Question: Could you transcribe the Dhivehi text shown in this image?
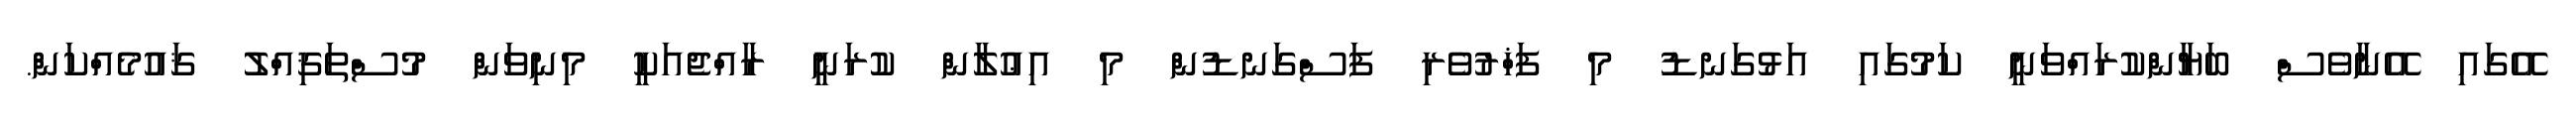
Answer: އޭގައި އޭނާވެސް ބަޔާންކުރައްވަނީ ކަމުގައި އަޅުގަނޑު މި ފަޚްރުވެރި ފަސްގަނޑުން މި އިޢުލާން ކުރަނީ ރާއްޖެއަކީ މިނިވަން މުސްތަޤިއްލު ޤައުމެއްކަން.